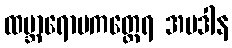
ထမ္ဘာရောပကတ္ထေရ အပဒါန